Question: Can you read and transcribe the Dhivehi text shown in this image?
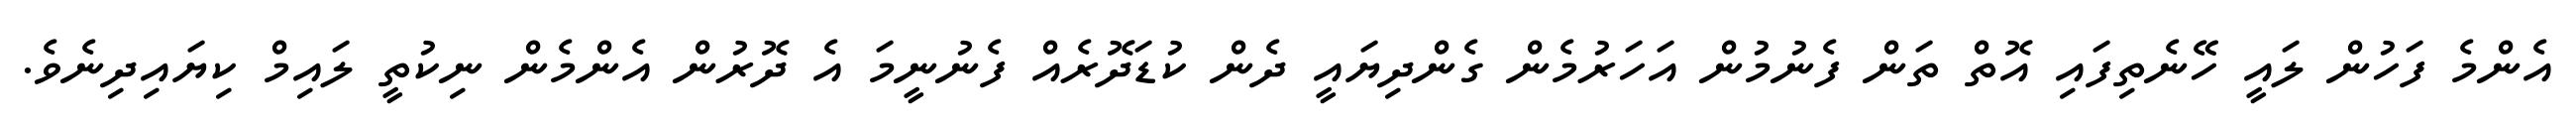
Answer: އެންމެ ފަހުން ލައީ ހޭނެތިފައި އޮތް ތަން ފެނުމުން އަހަރުމެން ގެންދިޔައީ ދެން ކުޑަދޮރެއް ފެނުނީމަ އެ ދޮރުން އެންމެން ނިކުތީ ލައިމް ކިޔައިދިނެވެ.